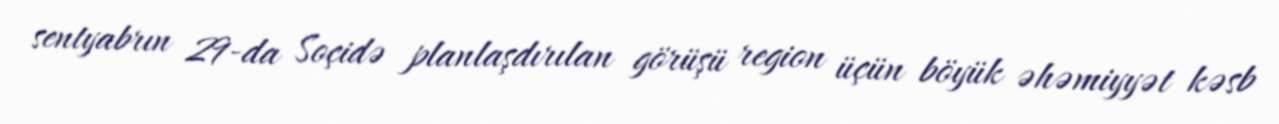
sentyabrın 29-da Soçidə planlaşdırılan görüşü region üçün böyük əhəmiyyət kəsb